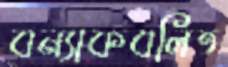
বন্যাকবলিত